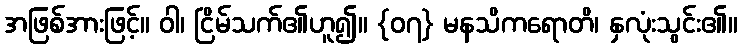
အဖြစ်အားဖြင့်။ ဝါ၊ ငြိမ်သက်၏ဟူ၍။ {၀၇} မနသိကရောတိ၊ နှလုံးသွင်း၏။